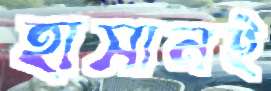
হাসানই